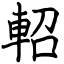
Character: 軺